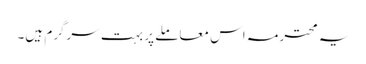
یہ محترمہ اس معاملے پر بہت سرگرم ہیں۔